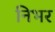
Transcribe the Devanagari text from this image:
निभर